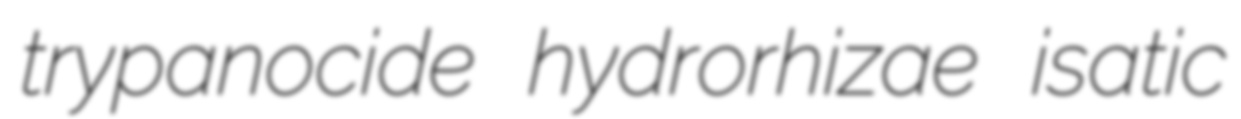
trypanocide hydrorhizae isatic